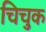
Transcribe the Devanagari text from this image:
चिचुक